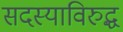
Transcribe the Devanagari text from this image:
सदस्याविरुद्ध